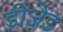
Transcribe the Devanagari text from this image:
डीजेड